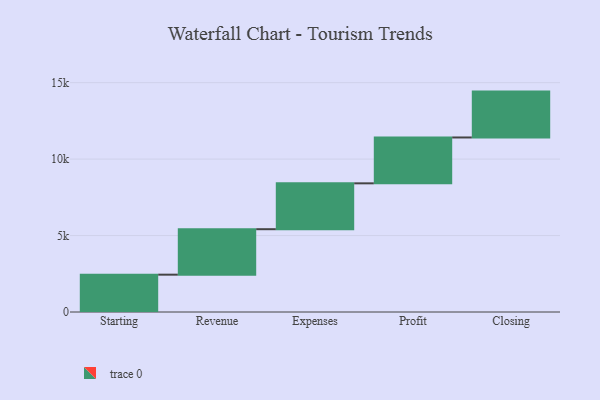
{"axis": {"x": "Step", "y": "Value"}, "legend": [""], "data": [{"x": "Starting", "y": 2442.0, "type": ""}, {"x": "Revenue", "y": 2974.0, "type": ""}, {"x": "Expenses", "y": 3000, "type": ""}, {"x": "Profit", "y": 3000, "type": ""}, {"x": "Closing", "y": 3000, "type": ""}]}